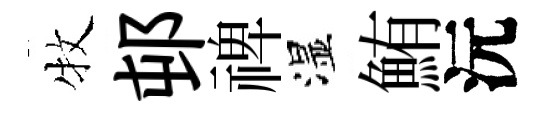
牧邨禆湿鮪沅